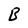
Character: B